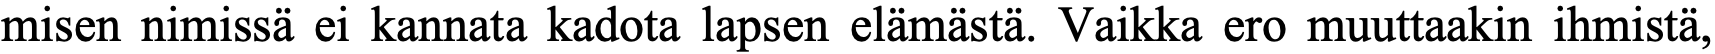
misen nimissä ei kannata kadota lapsen elämästä. Vaikka ero muuttaakin ihmistä,